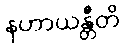
နဟာယန္တီတိ